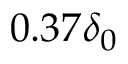
0 . 3 7 \delta _ { 0 }